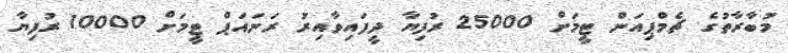
މުބާރާތުގެ ޗެމްޕިއަން ޓީމަށް 25000 ރުފިޔާ ދީފައިވާއިރު ރަނައަޕް ޓީމަށް 10000 ރުފިޔާ